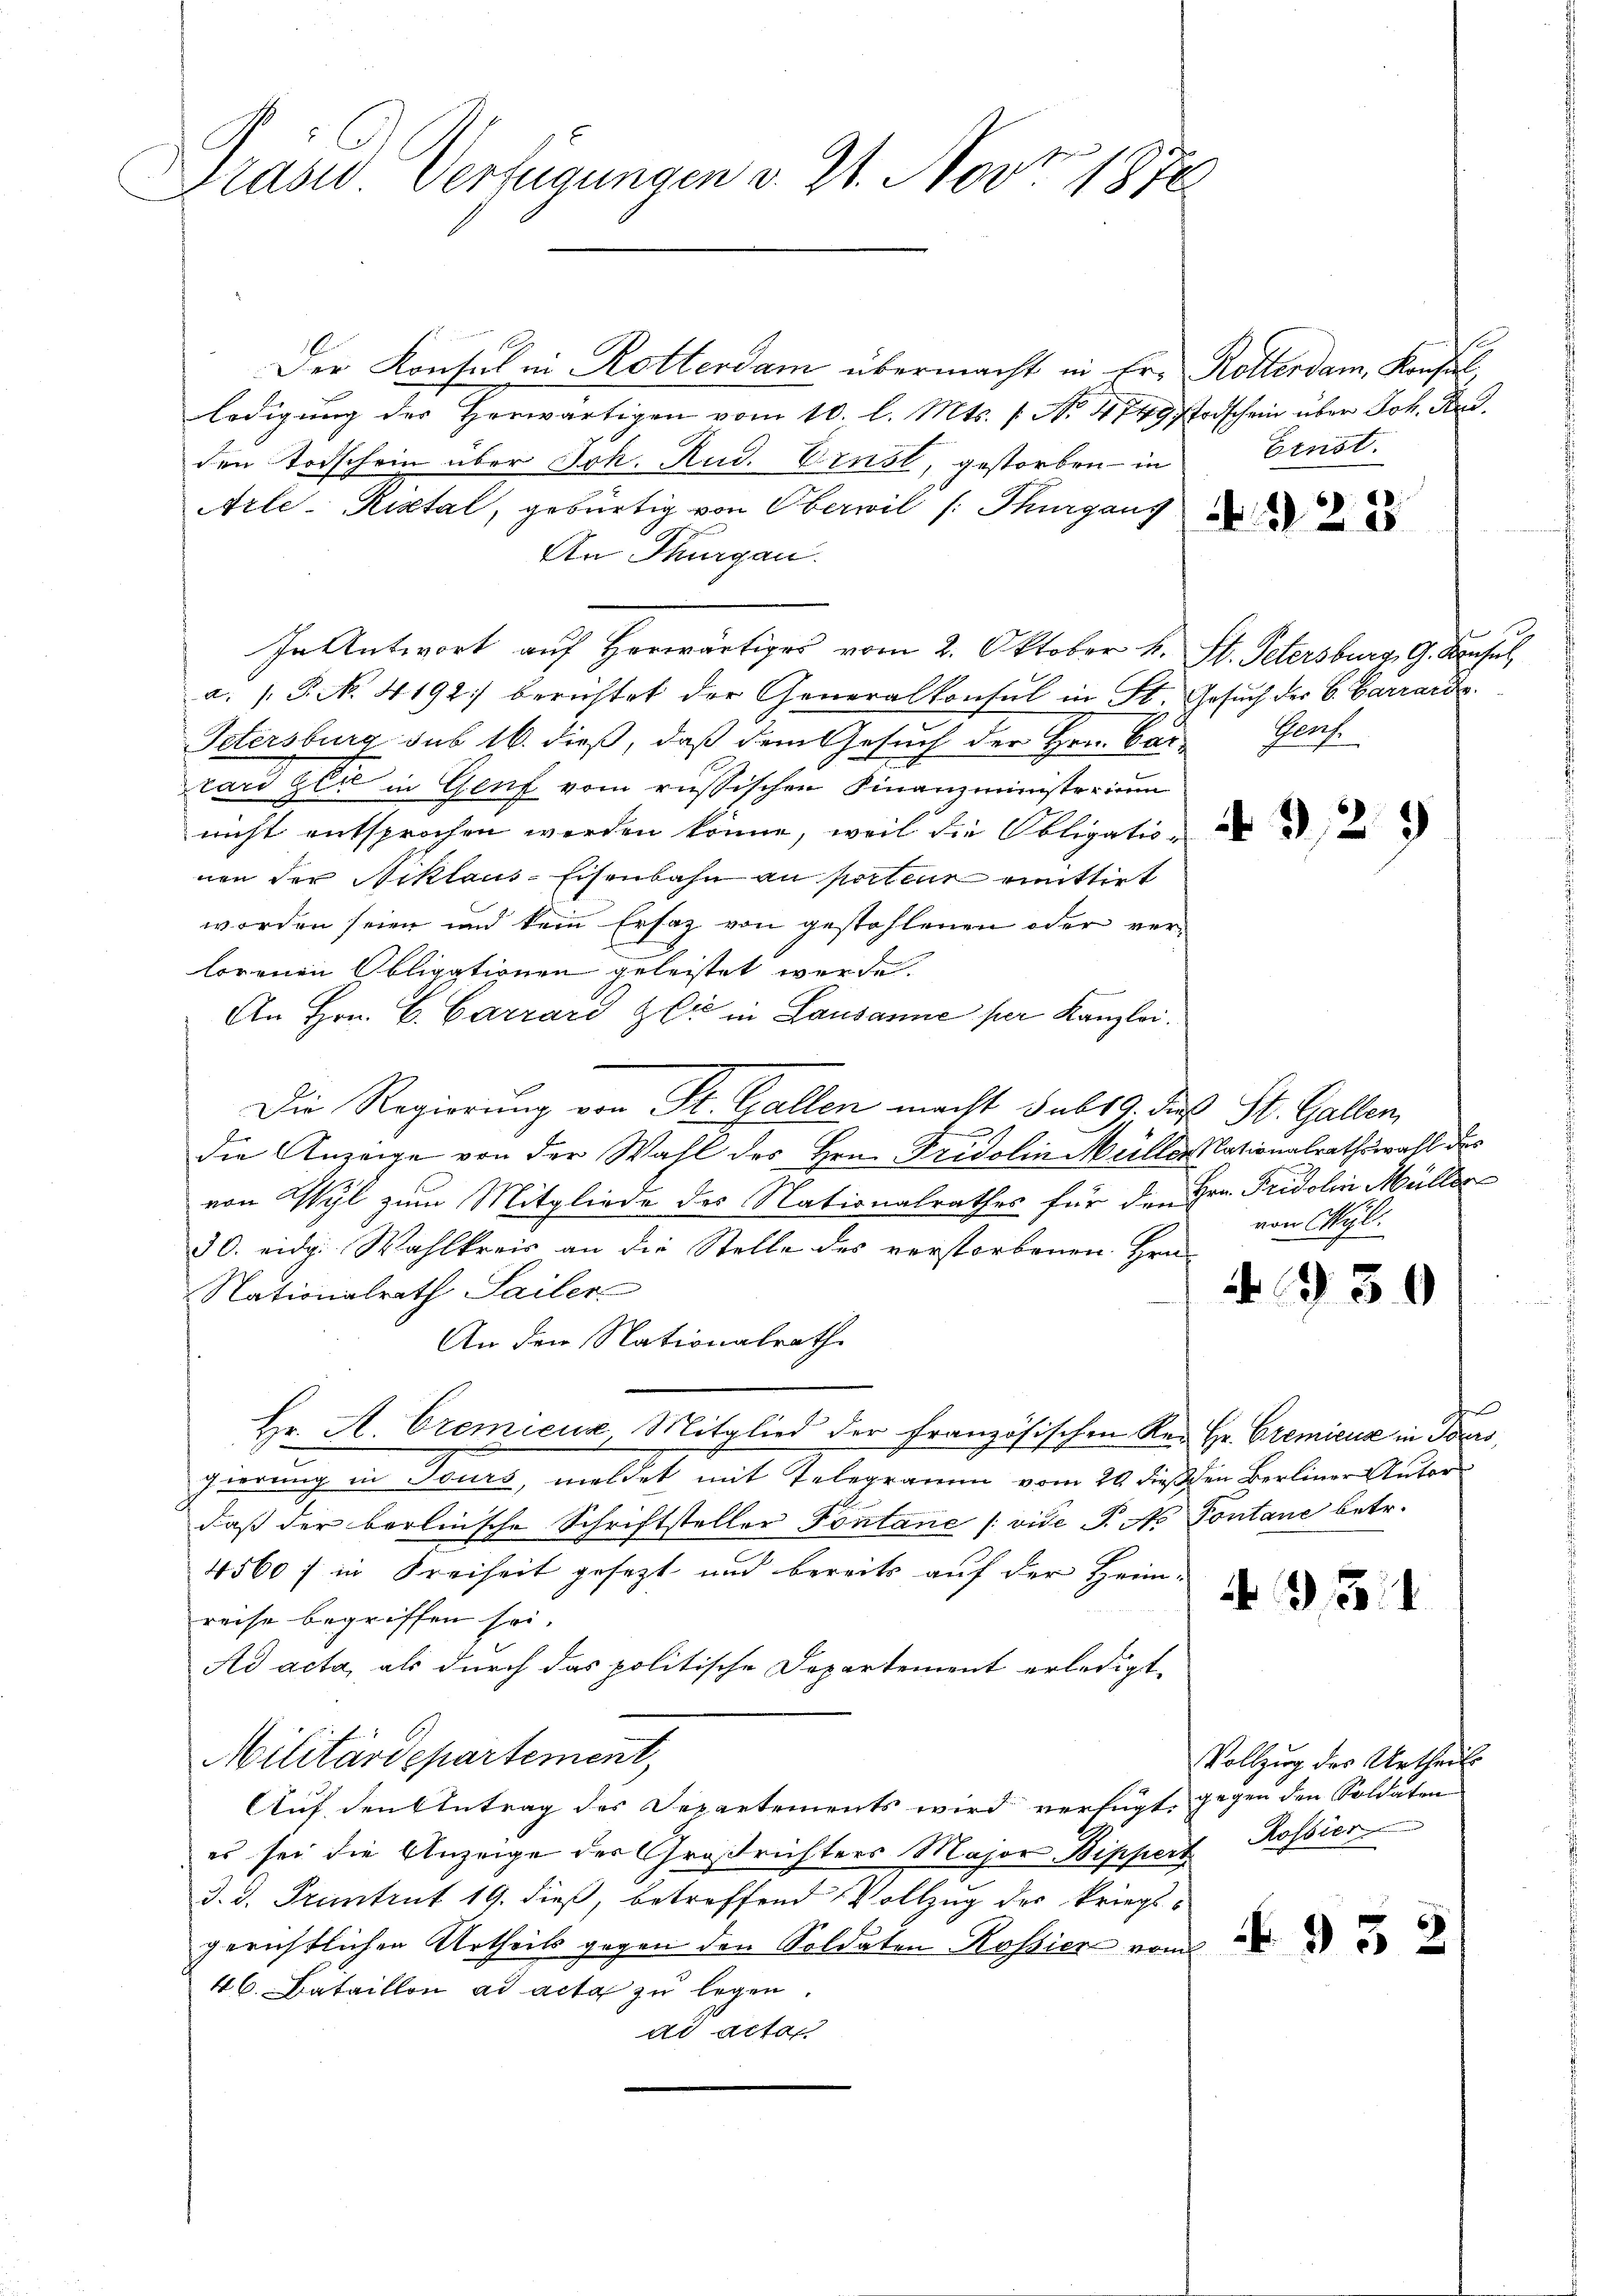
Präsid Verfügungen v. 21. Nov 1870

Der Konsul in Rotterdam übermacht in Er- Rotterdam, Konfalledigung der Herwärtigen vom 10. l. Mts. 1. No 4849 stodschein über Joh. Rud.
den Todschein über Joh. Rud. Ernst, gestorben - in
Arle-Ristal, gebürtig von Oberwil /: Thurgaus
An Thurgau.
In Antwort auf Herwärtiges vom 2. Oktober k. St. Petersburg, G. Konsel
a. P. Nr. 4192. berichtet der Generalkonsul in St. Gesuch der B. Barrarde.
Petersburg sub 16. dieß, daß dem Gesuch der Hrn. Bar-
lard er in Genf vom russischen Finanzministerium
nicht entsprochen werden könne, weil die Obligation de
nen der Niklaus-Eisenbahn an porteur mmittirt
worden seien und kein Ersatz von gestohlenen oder verlorenen Obligationen geleistet werde.
An Hrn. B. Carrard zu in Lausanne per Kanzlei.
Die Regierung von St. Gallen macht sub 19. dies St. Gallen,
e
die Anzeige von der Wahl des Hrn. Fridolin Müller Nationalrathswahl des
von Wyl zum Mitgliede des Nationalrathes für den Hrn. Fridolin Mülles
30. eidg. Wahlkreis an die Stelle des verstorbenen Hrn
Nationalrath Sailer
An den Nationalrath
Hr. A. Cremieux Mitglied der Französischen Rei Hr. Gremicus in Tours,
gierung in Tenet, meldet mit Telegramm vom 20. dieß in Berliner Ausardaß der berlinsche Schriftsteller Fontane (vide P. No Pontane betr.
4560 / in Freiheit gesezt und bereits auf der Heim-
reise begriffen sei.
Ad acta, als durch das politische Departement erledigt,
Militärdepartement,
Auf den Antrag des Departements wird verfügt gegen den Soldaten
es sei die Anzeige der Großrichters Major Bippert Rossier
d. d. Pruntrut 19. dieß, betreffend Vollzug der kriegsgerichtlichen Urtheils gegen den Soldaten Rossier vom
46. Bataillon ad acta zu legen.
ad actan

f
Ernst.

N 223

g
Prof.

von Myl.

930

b

49311

Vollzug des Urtheil